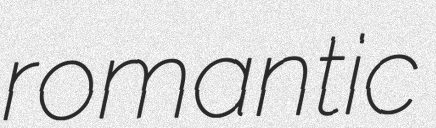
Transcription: romantic